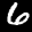
Label: 6